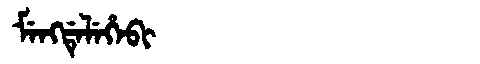
Manchu: ᠮᡝᠩᡩᡝᠯᡝᡥᡝᠪᡳ
Romanization: MENGDELEHEBI